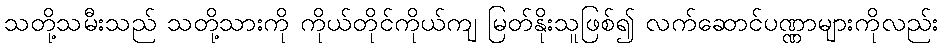
သတို့သမီးသည် သတို့သားကို ကိုယ်တိုင်ကိုယ်ကျ မြတ်နိုးသူဖြစ်၍ လက်ဆောင်ပဏ္ဏာများကိုလည်း